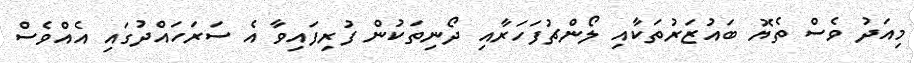
މިއަދު ވެސް ތެޔޮ ބައުޒަރުތަކާއި ލޯންޗުފަހަރާއި ދޯނިތަކުން ފުރިފައިވާ އެ ސަރަހައްދުގައި އެއްވެސް